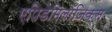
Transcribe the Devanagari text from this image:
एपिडेमिलॉजिक्स